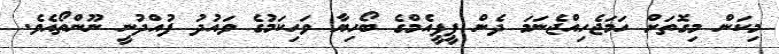
މިކަން މިގޮތަށް ހަމަޖެހިއްޖެނަމަ ދެން ޕީޕީއެމްގެ ބޯހިޔާ ވަހިކަމުގެ ވައުދު ފުއްދުނީ ނޫންތޯއެވެ.